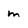
Character: m